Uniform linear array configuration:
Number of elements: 8
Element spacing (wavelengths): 0.25
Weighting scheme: uniform
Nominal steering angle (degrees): -15
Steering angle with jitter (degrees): -16.21
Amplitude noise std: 0.05
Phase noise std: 0.05

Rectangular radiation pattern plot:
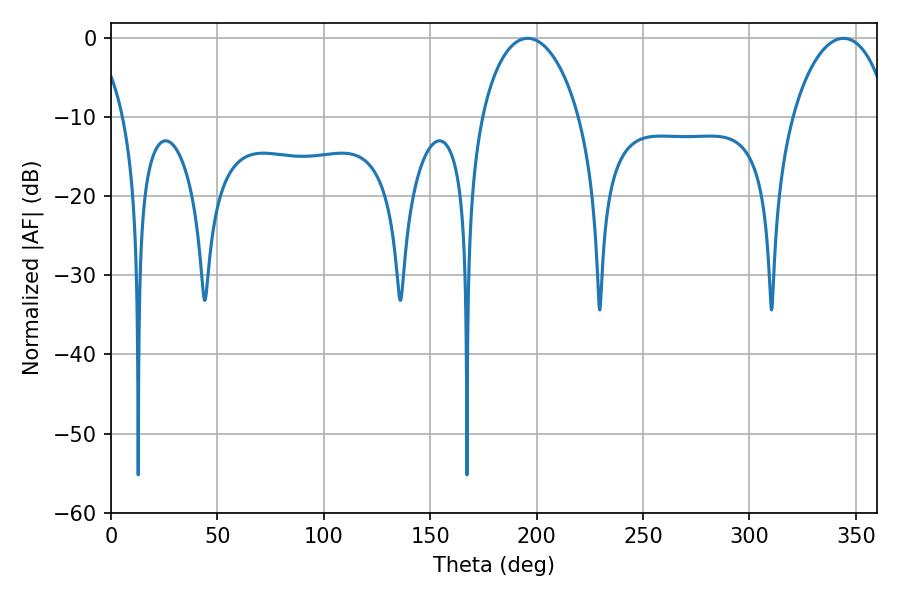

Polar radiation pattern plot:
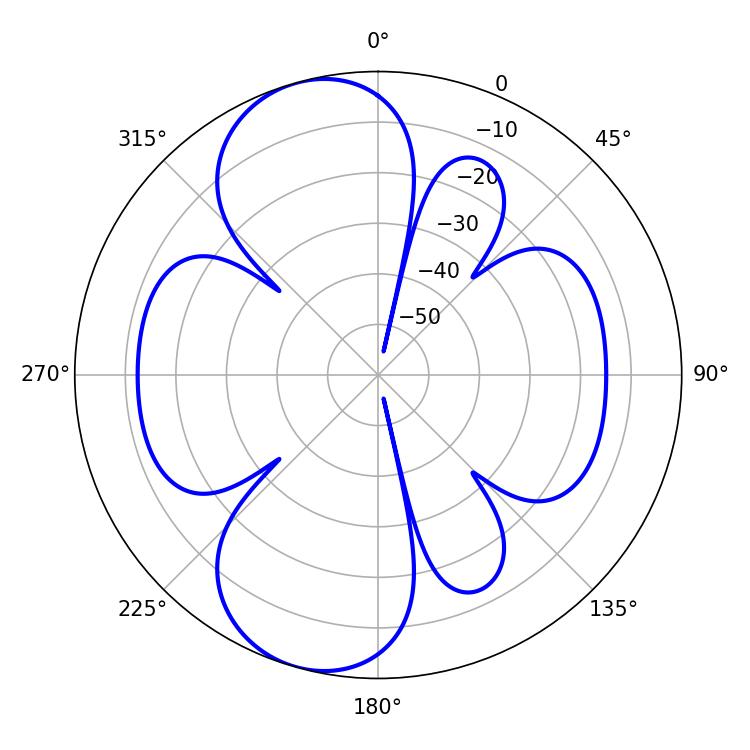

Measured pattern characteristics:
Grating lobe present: FALSE
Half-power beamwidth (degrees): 26.28
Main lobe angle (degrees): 195.84